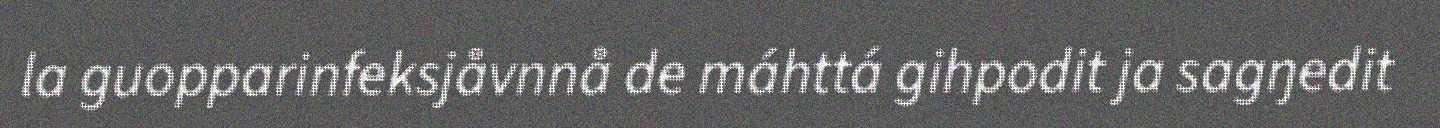
la guopparinfeksjåvnnå de máhttá gihpodit ja sagŋedit